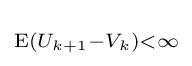
\scriptstyle \mathrm {E} (U_{k+1}-V_{k})<\infty